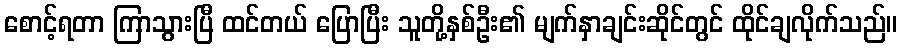
စောင့်ရတာ ကြာသွားပြီ ထင်တယ် ပြောပြီး သူတို့နှစ်ဦး၏ မျက်နှာချင်းဆိုင်တွင် ထိုင်ချလိုက်သည်။